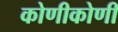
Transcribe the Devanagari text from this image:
कोणीकोणी